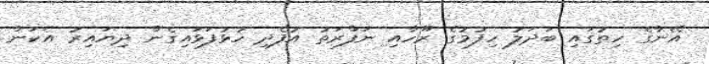
އޭނާގެ ހިތުގައި ބަދަލު ހިފުމުގެ ރޫހާއި ނަފްރަތު އުފެދި ހުޅުފަޅައިގެން ދިޔައިރު އެކަން